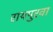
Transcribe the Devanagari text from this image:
रायपुरवा